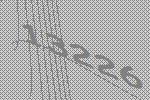
13226